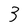
Character: 3